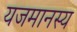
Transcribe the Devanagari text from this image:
यजमानस्य